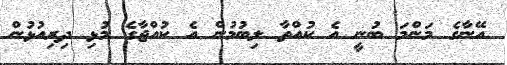
އޭނާގެ މަންމަ ބުނީ އެ ކުއްތާ ލިބުމުން އެ ކުއްޖާގެ މުޅި ދިރިއުޅުން